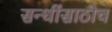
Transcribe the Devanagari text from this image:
सन्धींसाठीच